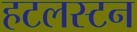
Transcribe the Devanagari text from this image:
हटलस्टन